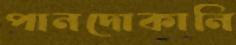
পানদোকানি